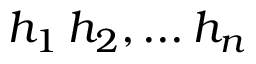
h _ { 1 } \, h _ { 2 } , . . . \, h _ { n }